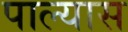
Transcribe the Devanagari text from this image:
पाल्यास